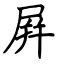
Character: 屛